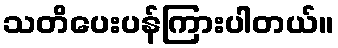
သတိပေးပန်ကြားပါတယ်။